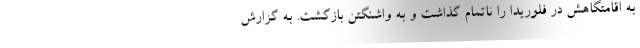
به اقامتگاهش در فلوریدا را ناتمام گذاشت و به واشنگتن بازگشت. به گزارش